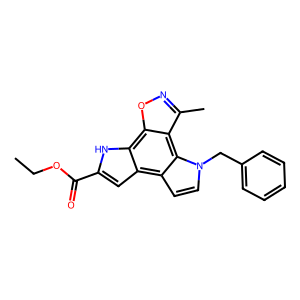
SMILES: CCOC(=O)c1cc2c3ccn(Cc4ccccc4)c3c3c(C)noc3c2[nH]1
Inhibits HIV replication: Yes